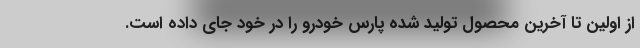
از اولین تا آخرین محصول تولید شده پارس خودرو را در خود جای داده است.